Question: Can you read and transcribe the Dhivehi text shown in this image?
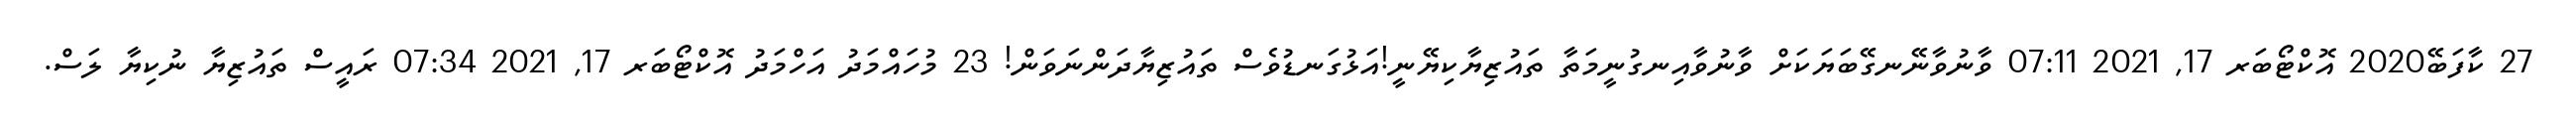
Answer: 27 ކާފަބޭ2020 އޮކްޓޯބަރ 17, 2021 07:11 ވާނުވާނޭނގޭބަޔަކަށް ވާނުވާއިނގުނީމަތާ ތައުޒިޔާކިޔޭނީ!އަޅުގަނޑުވެސް ތައުޒިޔާދަންނަވަން! 23 މުހައްމަދު އަހްމަދު އޮކްޓޯބަރ 17, 2021 07:34 ރައީސް ތައުޒިޔާ ނުކިޔާ ލަސް.